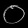
Digit: ၀